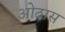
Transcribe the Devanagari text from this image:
ओठास